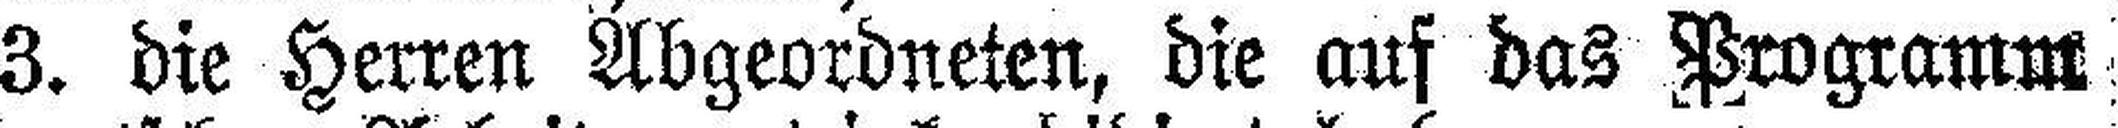
3. die Herren Abgeordneten, die auf das Programm